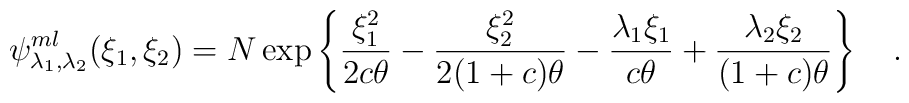
\psi^{ml}_{\lambda_1,\lambda_2} (\xi_1,\xi_2) = N \exp\left\lbrace {\xi^2_1\over {2c\theta}}-{\xi^2_2\over{2(1+c)\theta}} - {\lambda_1\xi_1\over{c\theta}} +{\lambda_2\xi_2\over{(1+c)\theta}}\right\rbrace \quad .